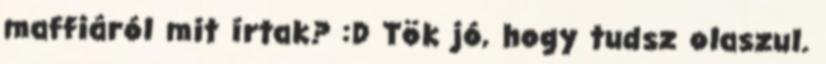
maffiáról mit írtak? :D Tök jó, hogy tudsz olaszul.